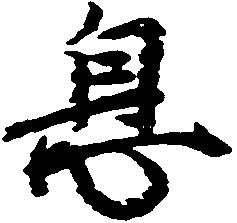
息